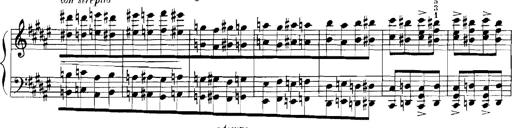
Title: Rhapsodies hongroises
Composer: Franz Liszt